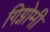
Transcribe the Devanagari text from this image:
गिग्नोमी